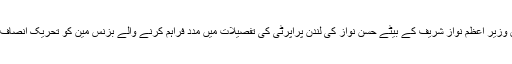
11 جون2018ء) شریف فیملی کے قانونی مشیر کے انکار کے بعد سابق وزیر اعظم نواز شریف کے بیٹے حسن نواز کی لندن پراپرٹی کی تفصیلات میں مدد فراہم کرنے والے بزنس مین کو تحریک انصاف کے چیئرمین عمران خان کے ساتھ بیرون ملک جاتے ہوئے روک لیا گیا۔